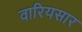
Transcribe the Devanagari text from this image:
वारियसार